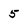
Character: 5